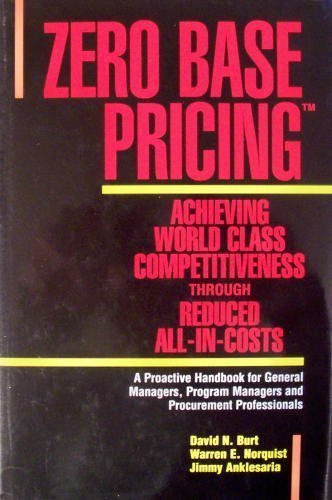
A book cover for Zero Base Pricing: Achieving World Class Competitiveness Through Reduced All-In-Costs; David K. Burt; Business & Money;